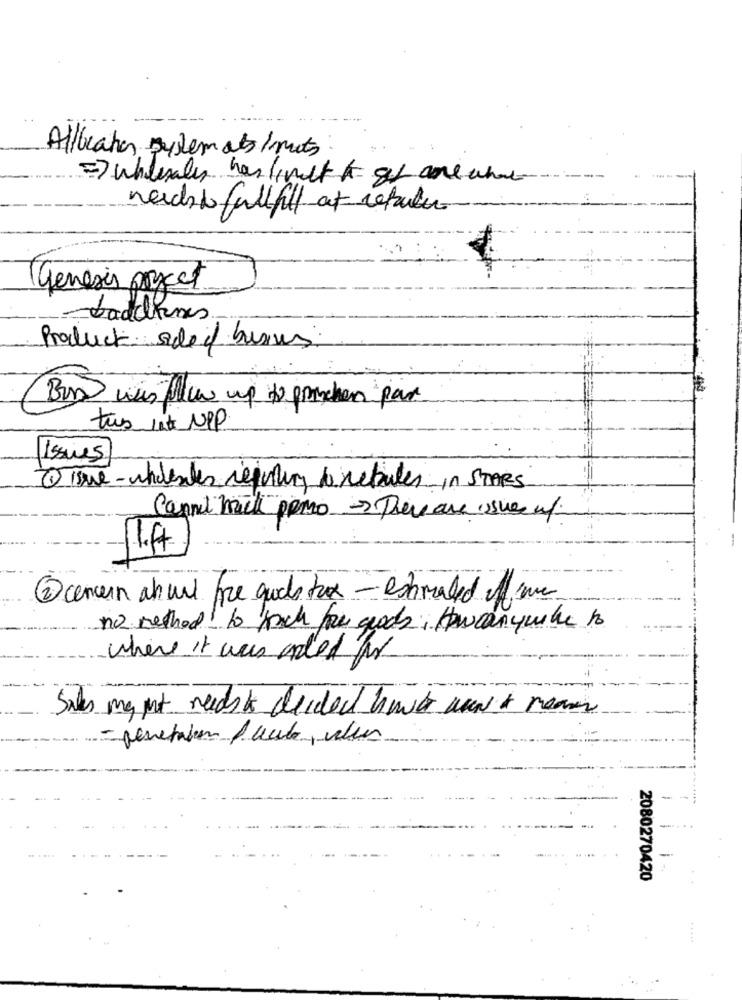
Allocation Bysemats/nuts
reich to fullfill at returer
genesis porject
Product aded busines
Bon wis flew up to porchien par
tus int_NulP
issues
1 isue- indexdes rejuling firebales In STARS
Cannel mich pero They are issues of
2concern about fre quds fox - estimated of me
no method! to much for goods, Howcanyuke to
where it was aded for
Sales magt needs i decided howe won't ream
-
-
-
2080270420
....